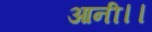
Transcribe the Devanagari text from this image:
आनी।।